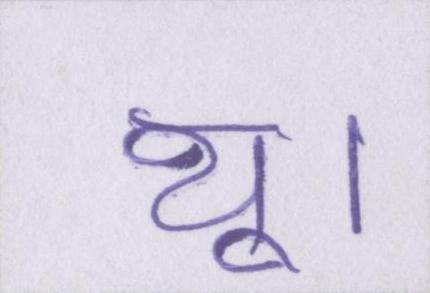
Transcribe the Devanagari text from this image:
थू।